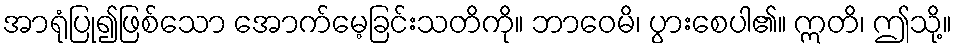
အာရုံပြု၍ဖြစ်သော အောက်မေ့ခြင်းသတိကို။ ဘာဝေမိ၊ ပွားစေပါ၏။ ဣတိ၊ ဤသို့။